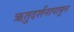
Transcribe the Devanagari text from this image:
ऋतुदर्शनापासुन